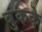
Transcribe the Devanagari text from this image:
बुकके